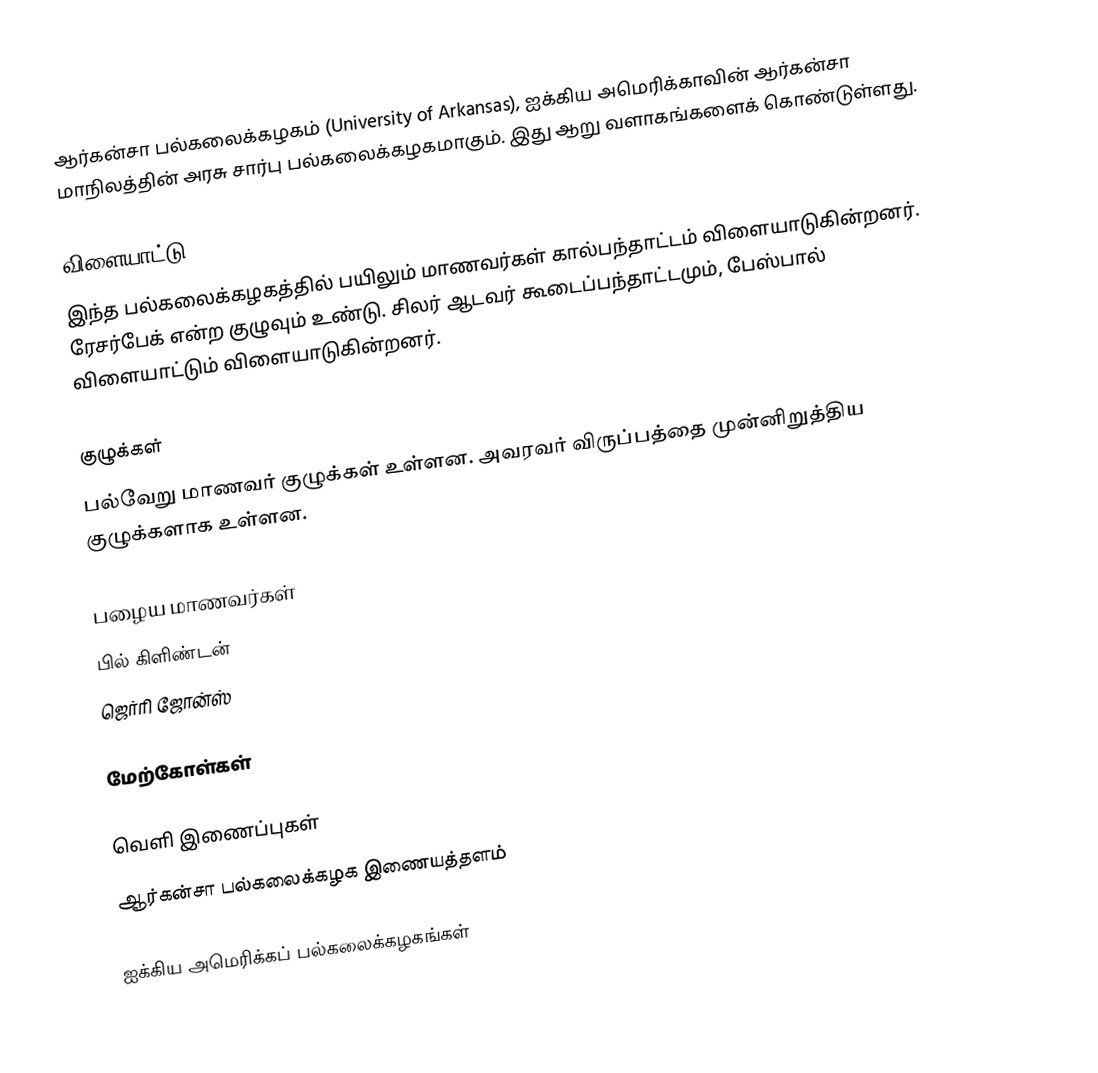
ஆர்கன்சா பல்கலைக்கழகம் (University of Arkansas), ஐக்கிய அமெரிக்காவின் ஆர்கன்சா மாநிலத்தின் அரசு சார்பு பல்கலைக்கழகமாகும். இது ஆறு வளாகங்களைக் கொண்டுள்ளது.

விளையாட்டு
இந்த பல்கலைக்கழகத்தில் பயிலும் மாணவர்கள் கால்பந்தாட்டம் விளையாடுகின்றனர். ரேசர்பேக் என்ற குழுவும் உண்டு. சிலர் ஆடவர் கூடைப்பந்தாட்டமும், பேஸ்பால் விளையாட்டும் விளையாடுகின்றனர்.

குழுக்கள்
பல்வேறு மாணவர் குழுக்கள் உள்ளன. அவரவர் விருப்பத்தை முன்னிறுத்திய குழுக்களாக உள்ளன.

பழைய மாணவர்கள்
 பில் கிளிண்டன்
 ஜெர்ரி ஜோன்ஸ்

மேற்கோள்கள்

வெளி இணைப்புகள்
 ஆர்கன்சா பல்கலைக்கழக இணையத்தளம்

ஐக்கிய அமெரிக்கப் பல்கலைக்கழகங்கள்